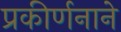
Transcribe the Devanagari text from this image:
प्रकीर्णनाने